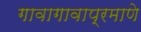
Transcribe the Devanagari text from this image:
गावागावाप्रमाणे